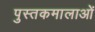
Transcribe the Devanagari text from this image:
पुस्तकमालाओं